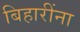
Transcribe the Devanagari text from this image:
बिहारींना